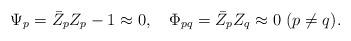
LaTeX: \begin{align*}\Psi_p=\bar Z_pZ_p-1\approx 0,\quad\Phi_{pq}=\bar Z_pZ_q\approx 0 \ (p\neq q).\end{align*}